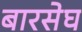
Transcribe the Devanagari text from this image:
बारसेघ